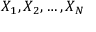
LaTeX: X _ { 1 } , X _ { 2 } , \ldots , X _ { N }